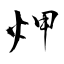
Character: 炠